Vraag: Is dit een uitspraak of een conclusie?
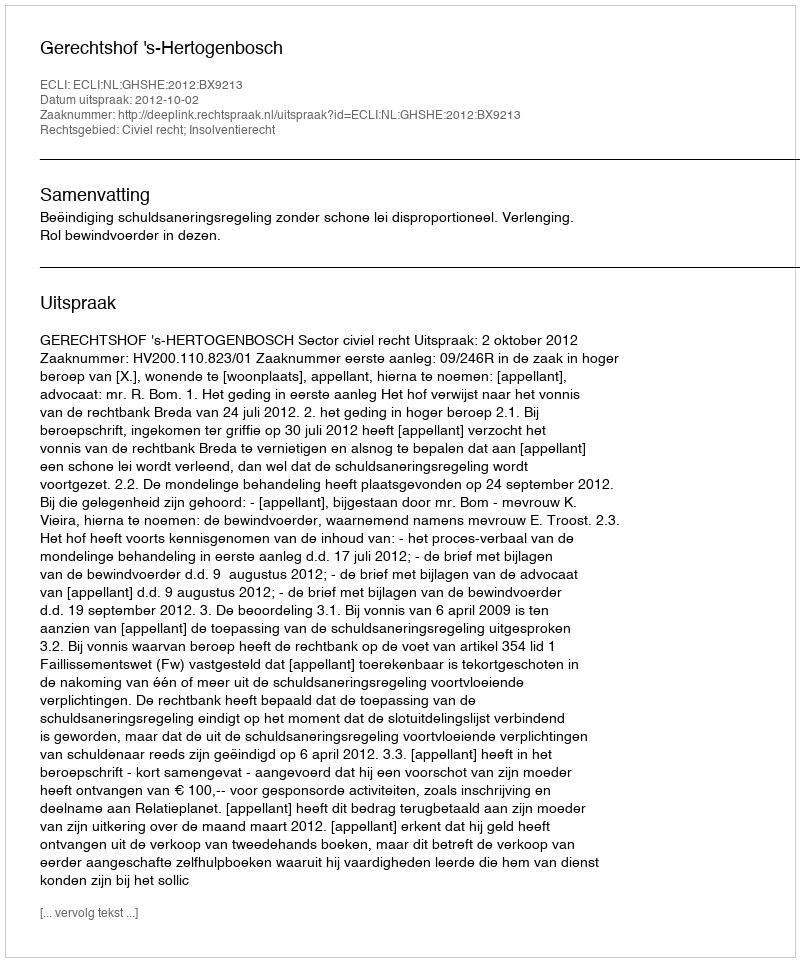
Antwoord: Uitspraak